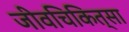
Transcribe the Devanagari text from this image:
जीवचिकित्सा